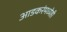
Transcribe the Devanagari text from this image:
आडकरंमध्येही